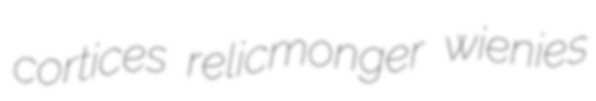
cortices relicmonger wienies